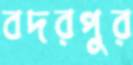
বদরপুর